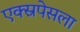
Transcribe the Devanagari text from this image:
एक्स्रपेसला